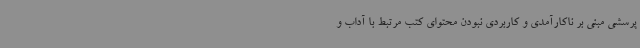
پرسشی مبنی بر ناکارآمدی و کاربردی نبودن محتوای کتب مرتبط با آداب و